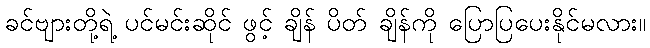
ခင်ဗျားတို့ရဲ့ ပင်မင်းဆိုင် ဖွင့် ချိန် ပိတ် ချိန်ကို ပြောပြပေးနိုင်မလား။